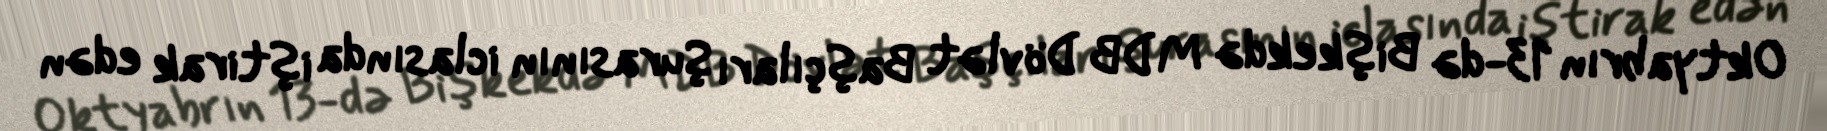
Oktyabrın 13-də Bişkekdə MDB Dövlət Başçıları Şurasının iclasında iştirak edən